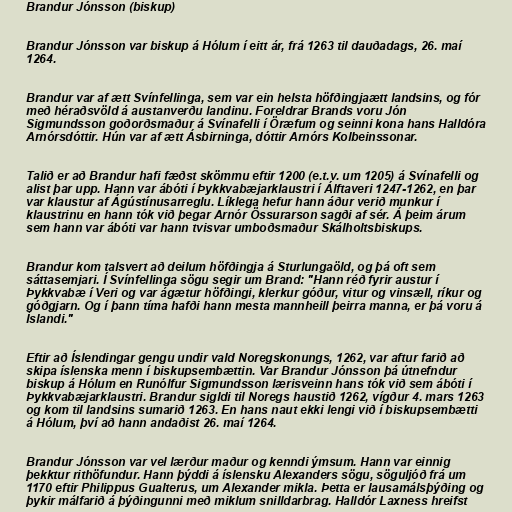
Brandur Jónsson (biskup)

Brandur Jónsson var biskup á Hólum í eitt ár, frá 1263 til dauðadags, 26. maí
1264.

Brandur var af ætt Svínfellinga, sem var ein helsta höfðingjaætt landsins, og fór
með héraðsvöld á austanverðu landinu. Foreldrar Brands voru Jón
Sigmundsson goðorðsmaður á Svínafelli í Öræfum og seinni kona hans Halldóra
Arnórsdóttir. Hún var af ætt Ásbirninga, dóttir Arnórs Kolbeinssonar.

Talið er að Brandur hafi fæðst skömmu eftir 1200 (e.t.v. um 1205) á Svínafelli og
alist þar upp. Hann var ábóti í Þykkvabæjarklaustri í Álftaveri 1247-1262, en þar
var klaustur af Ágústínusarreglu. Líklega hefur hann áður verið munkur í
klaustrinu en hann tók við þegar Arnór Össurarson sagði af sér. Á þeim árum
sem hann var ábóti var hann tvisvar umboðsmaður Skálholtsbiskups.

Brandur kom talsvert að deilum höfðingja á Sturlungaöld, og þá oft sem
sáttasemjari. Í Svínfellinga sögu segir um Brand: "Hann réð fyrir austur í
Þykkvabæ í Veri og var ágætur höfðingi, klerkur góður, vitur og vinsæll, ríkur og
góðgjarn. Og í þann tíma hafði hann mesta mannheill þeirra manna, er þá voru á
Íslandi."

Eftir að Íslendingar gengu undir vald Noregskonungs, 1262, var aftur farið að
skipa íslenska menn í biskupsembættin. Var Brandur Jónsson þá útnefndur
biskup á Hólum en Runólfur Sigmundsson lærisveinn hans tók við sem ábóti í
Þykkvabæjarklaustri. Brandur sigldi til Noregs haustið 1262, vígður 4. mars 1263
og kom til landsins sumarið 1263. En hans naut ekki lengi við í biskupsembætti
á Hólum, því að hann andaðist 26. maí 1264.

Brandur Jónsson var vel lærður maður og kenndi ýmsum. Hann var einnig
þekktur rithöfundur. Hann þýddi á íslensku Alexanders sögu, söguljóð frá um
1170 eftir Philippus Gualterus, um Alexander mikla. Þetta er lausamálsþýðing og
þykir málfarið á þýðingunni með miklum snilldarbrag. Halldór Laxness hreifst